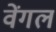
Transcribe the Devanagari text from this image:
वेंगल